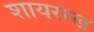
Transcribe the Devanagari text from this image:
शायररख